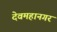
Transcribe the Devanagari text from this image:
देवमहानगर